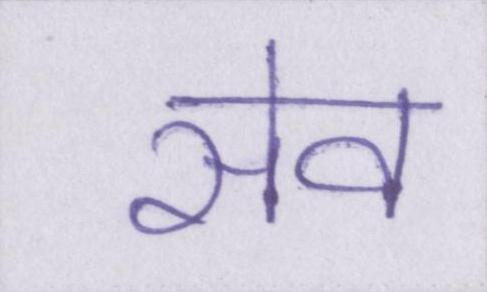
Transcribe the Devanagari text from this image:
सेव